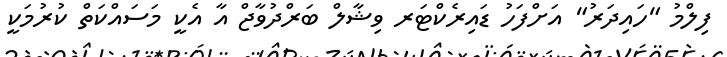
ފިލްމު "ހައިދަރު" އަށްފަހު ޑައިރެކްޓަރ ވިޝާލް ބަރްދުވާޖް އާ އެކީ މަސައްކަތް ކުރުމަކީ